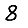
Digit: 8